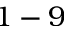
1 - 9